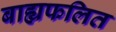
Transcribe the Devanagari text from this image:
बाह्यफलित